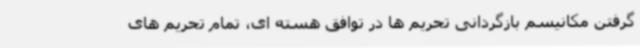
گرفتن مکانیسم بازگردانی تحریم ها در توافق هسته ای، تمام تحریم های